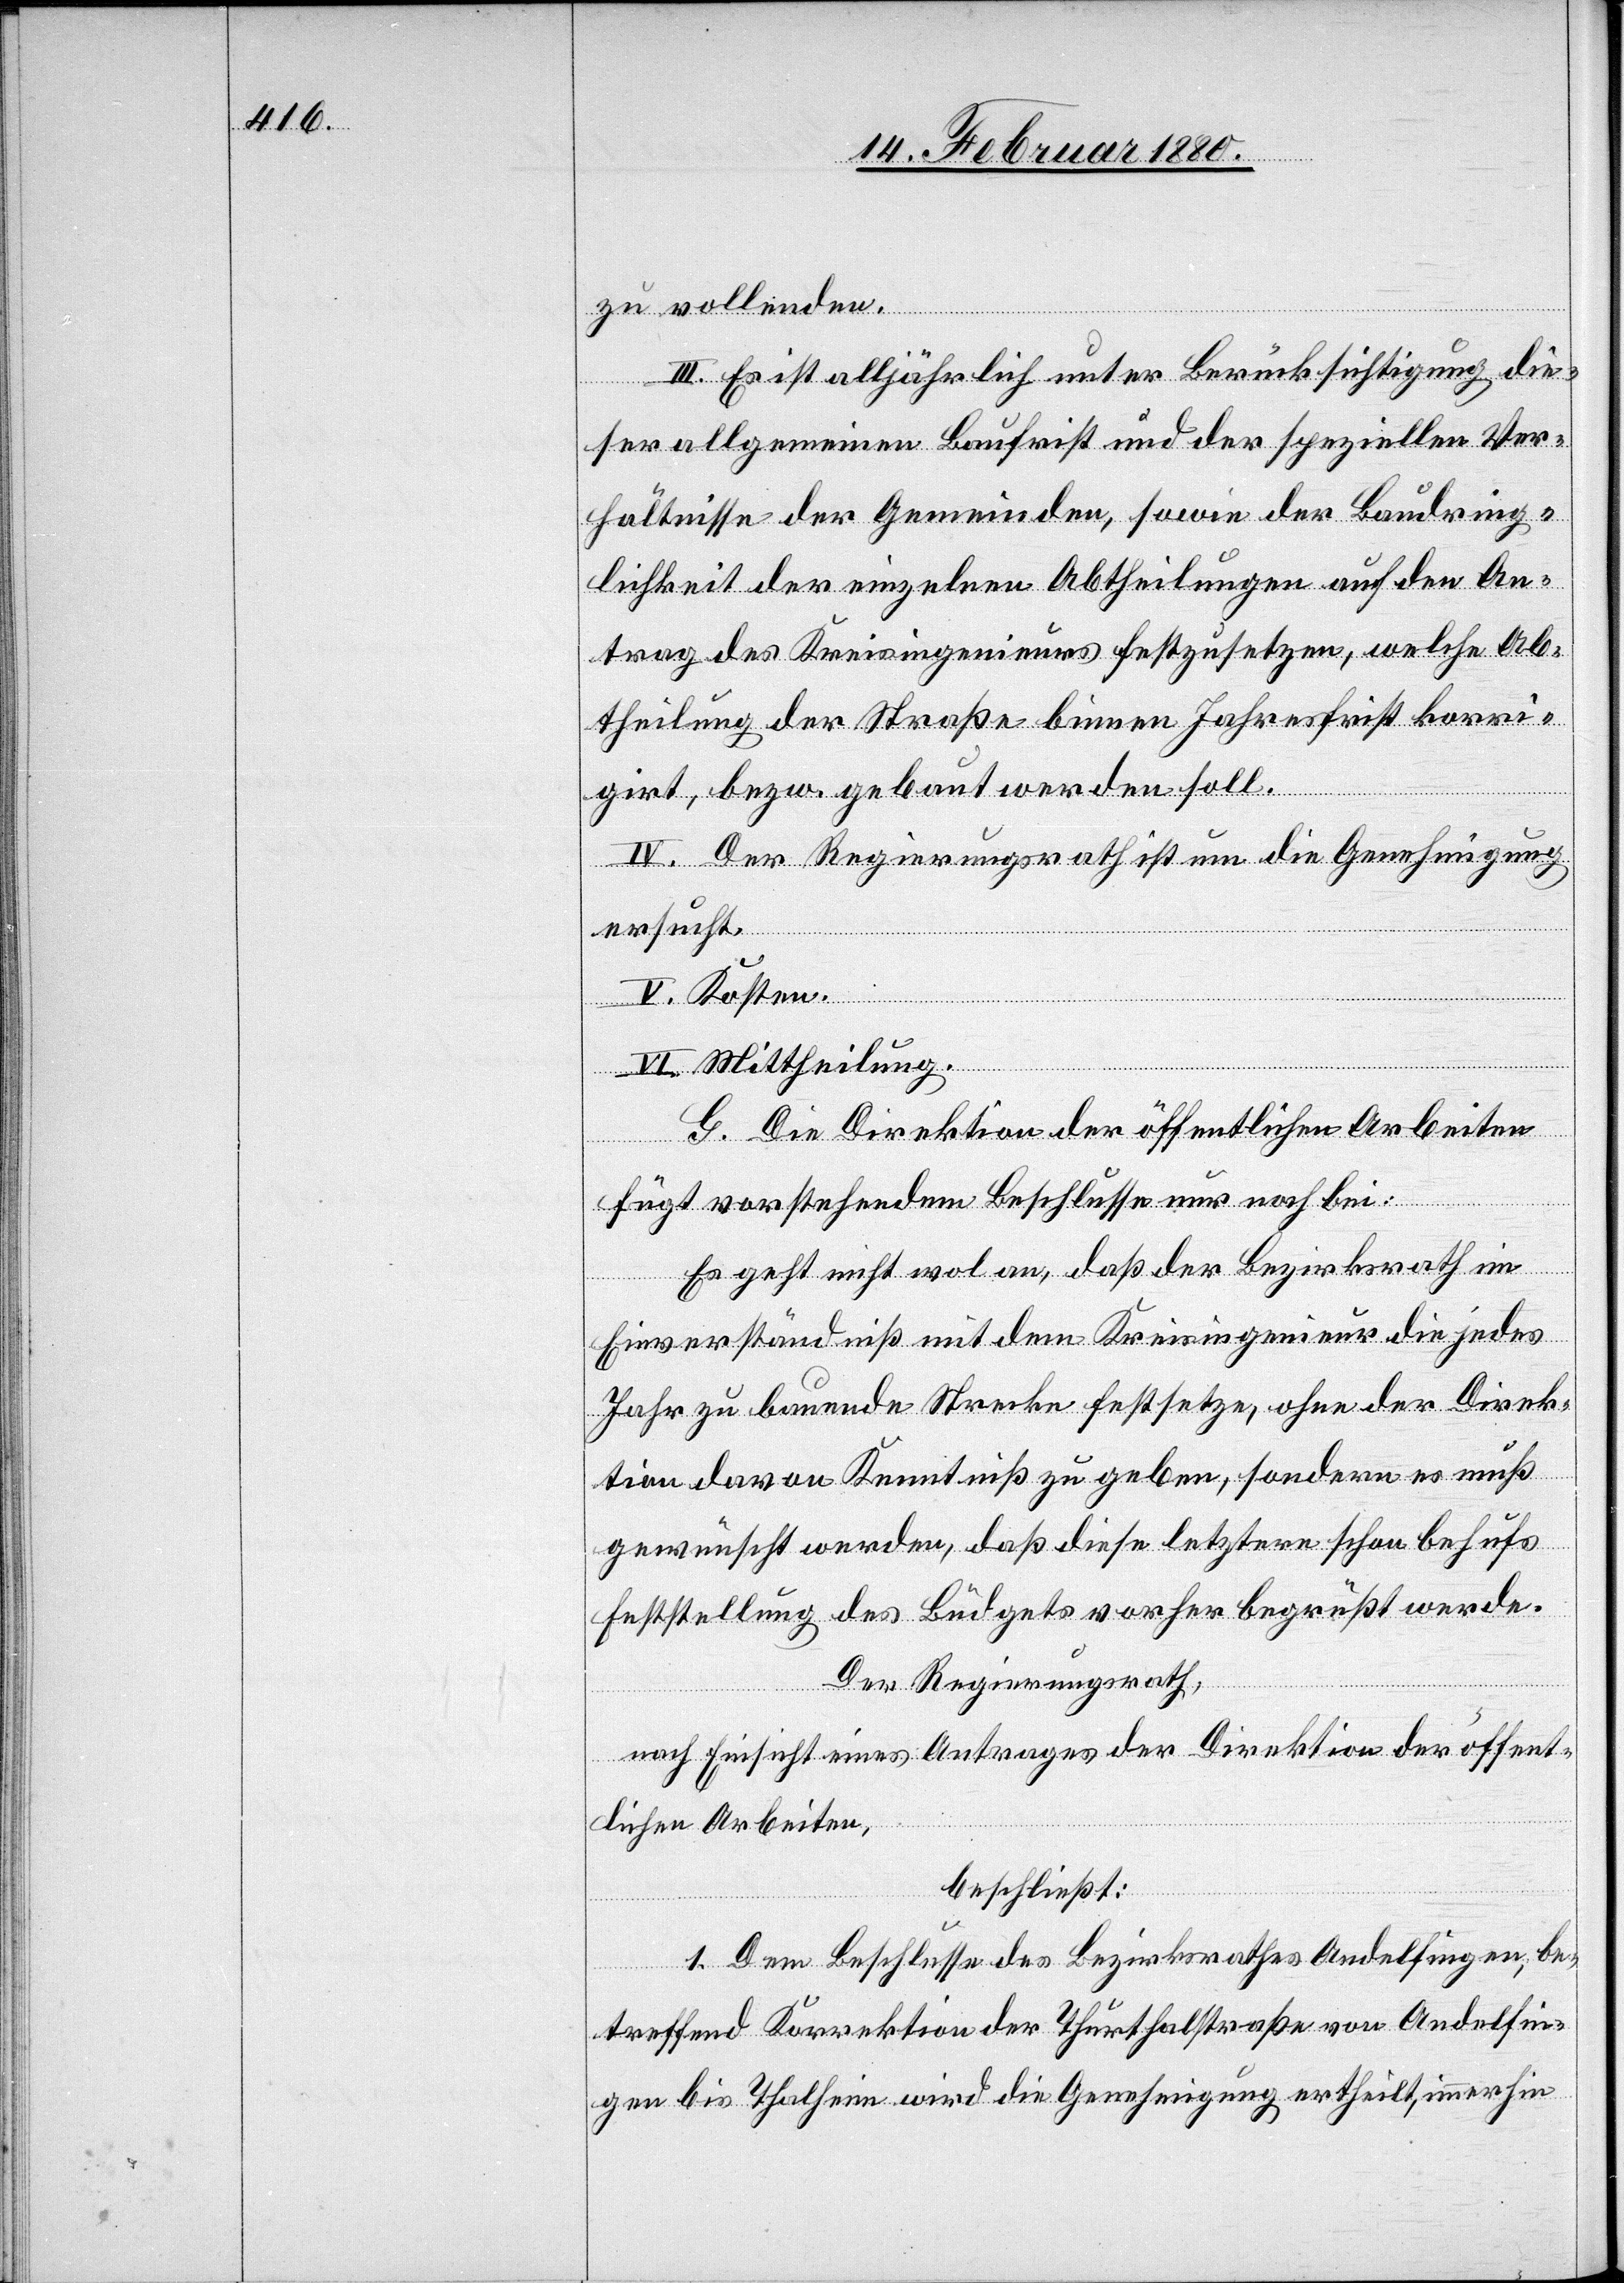
zu vollenden.
III. Es ist alljährlich unter Berücksichtigung die¬
ser allgemeinen Baufrist und der speziellen Ver¬
hältnisse der Gemeinden, sowie der Baudring¬
lichkeit der einzelnen Abtheilungen auf den An¬
trag des Kreisingenieurs festzusetzen, welche Ab¬
theilung der Straße binnen Jahresfrist korri¬
girt, bezw. gebaut werden soll.
IV. Der Regierungsrath ist um die Genehmigung
ersucht.
V. Kosten.
VI. Mittheilung.
G. Die Direktion der öffentlichen Arbeiten
fügt vorstehendem Beschlusse nur noch bei:
Es geht nicht wol an, daß der Bezirksrath im
Einverständniß mit dem Kreisingenieur nur die jedes
Jahr zu bauende Strecke festsetze, ohne der Direk¬
tion davon Kenntniß zu geben, sondern es muß
gewünscht werden, daß diese letztere schon behufs
Feststellung des Büdgets vorher begrüßt werde.
Der Regierungsrath,
nach Einsicht eines Antrages der Direktion der öffent¬
lichen Arbeiten,
beschließt:
1. Dem Beschlusse des Bezirksrathes Andelfingen, be¬
treffend Korrektion der Thurthalstraße von Andelfin¬
gen bis Thalheim wird die Genehmigung ertheilt, immerhin